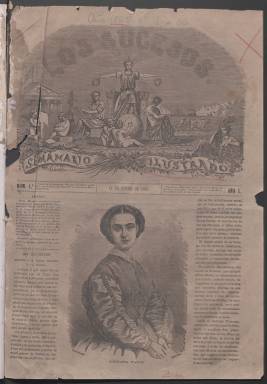
Título: Los Sucesos (Madrid. 1868)
Colección: Periódicos
Ámbito geográfico: Madrid
Lugar de publicación: Madrid
Fechas: 13/01/1868-08/06/1868